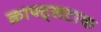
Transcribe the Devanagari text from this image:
क्राफ्ट्सटाक